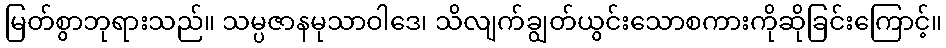
မြတ်စွာဘုရားသည်။ သမ္ပဇာနမုသာဝါဒေ၊ သိလျက်ချွတ်ယွင်းသောစကားကိုဆိုခြင်းကြောင့်။